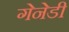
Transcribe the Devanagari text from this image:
गेनेडी